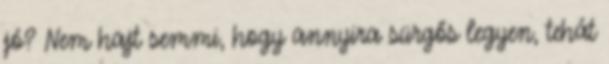
jó? Nem hajt semmi, hogy annyira sürgős legyen, tehát